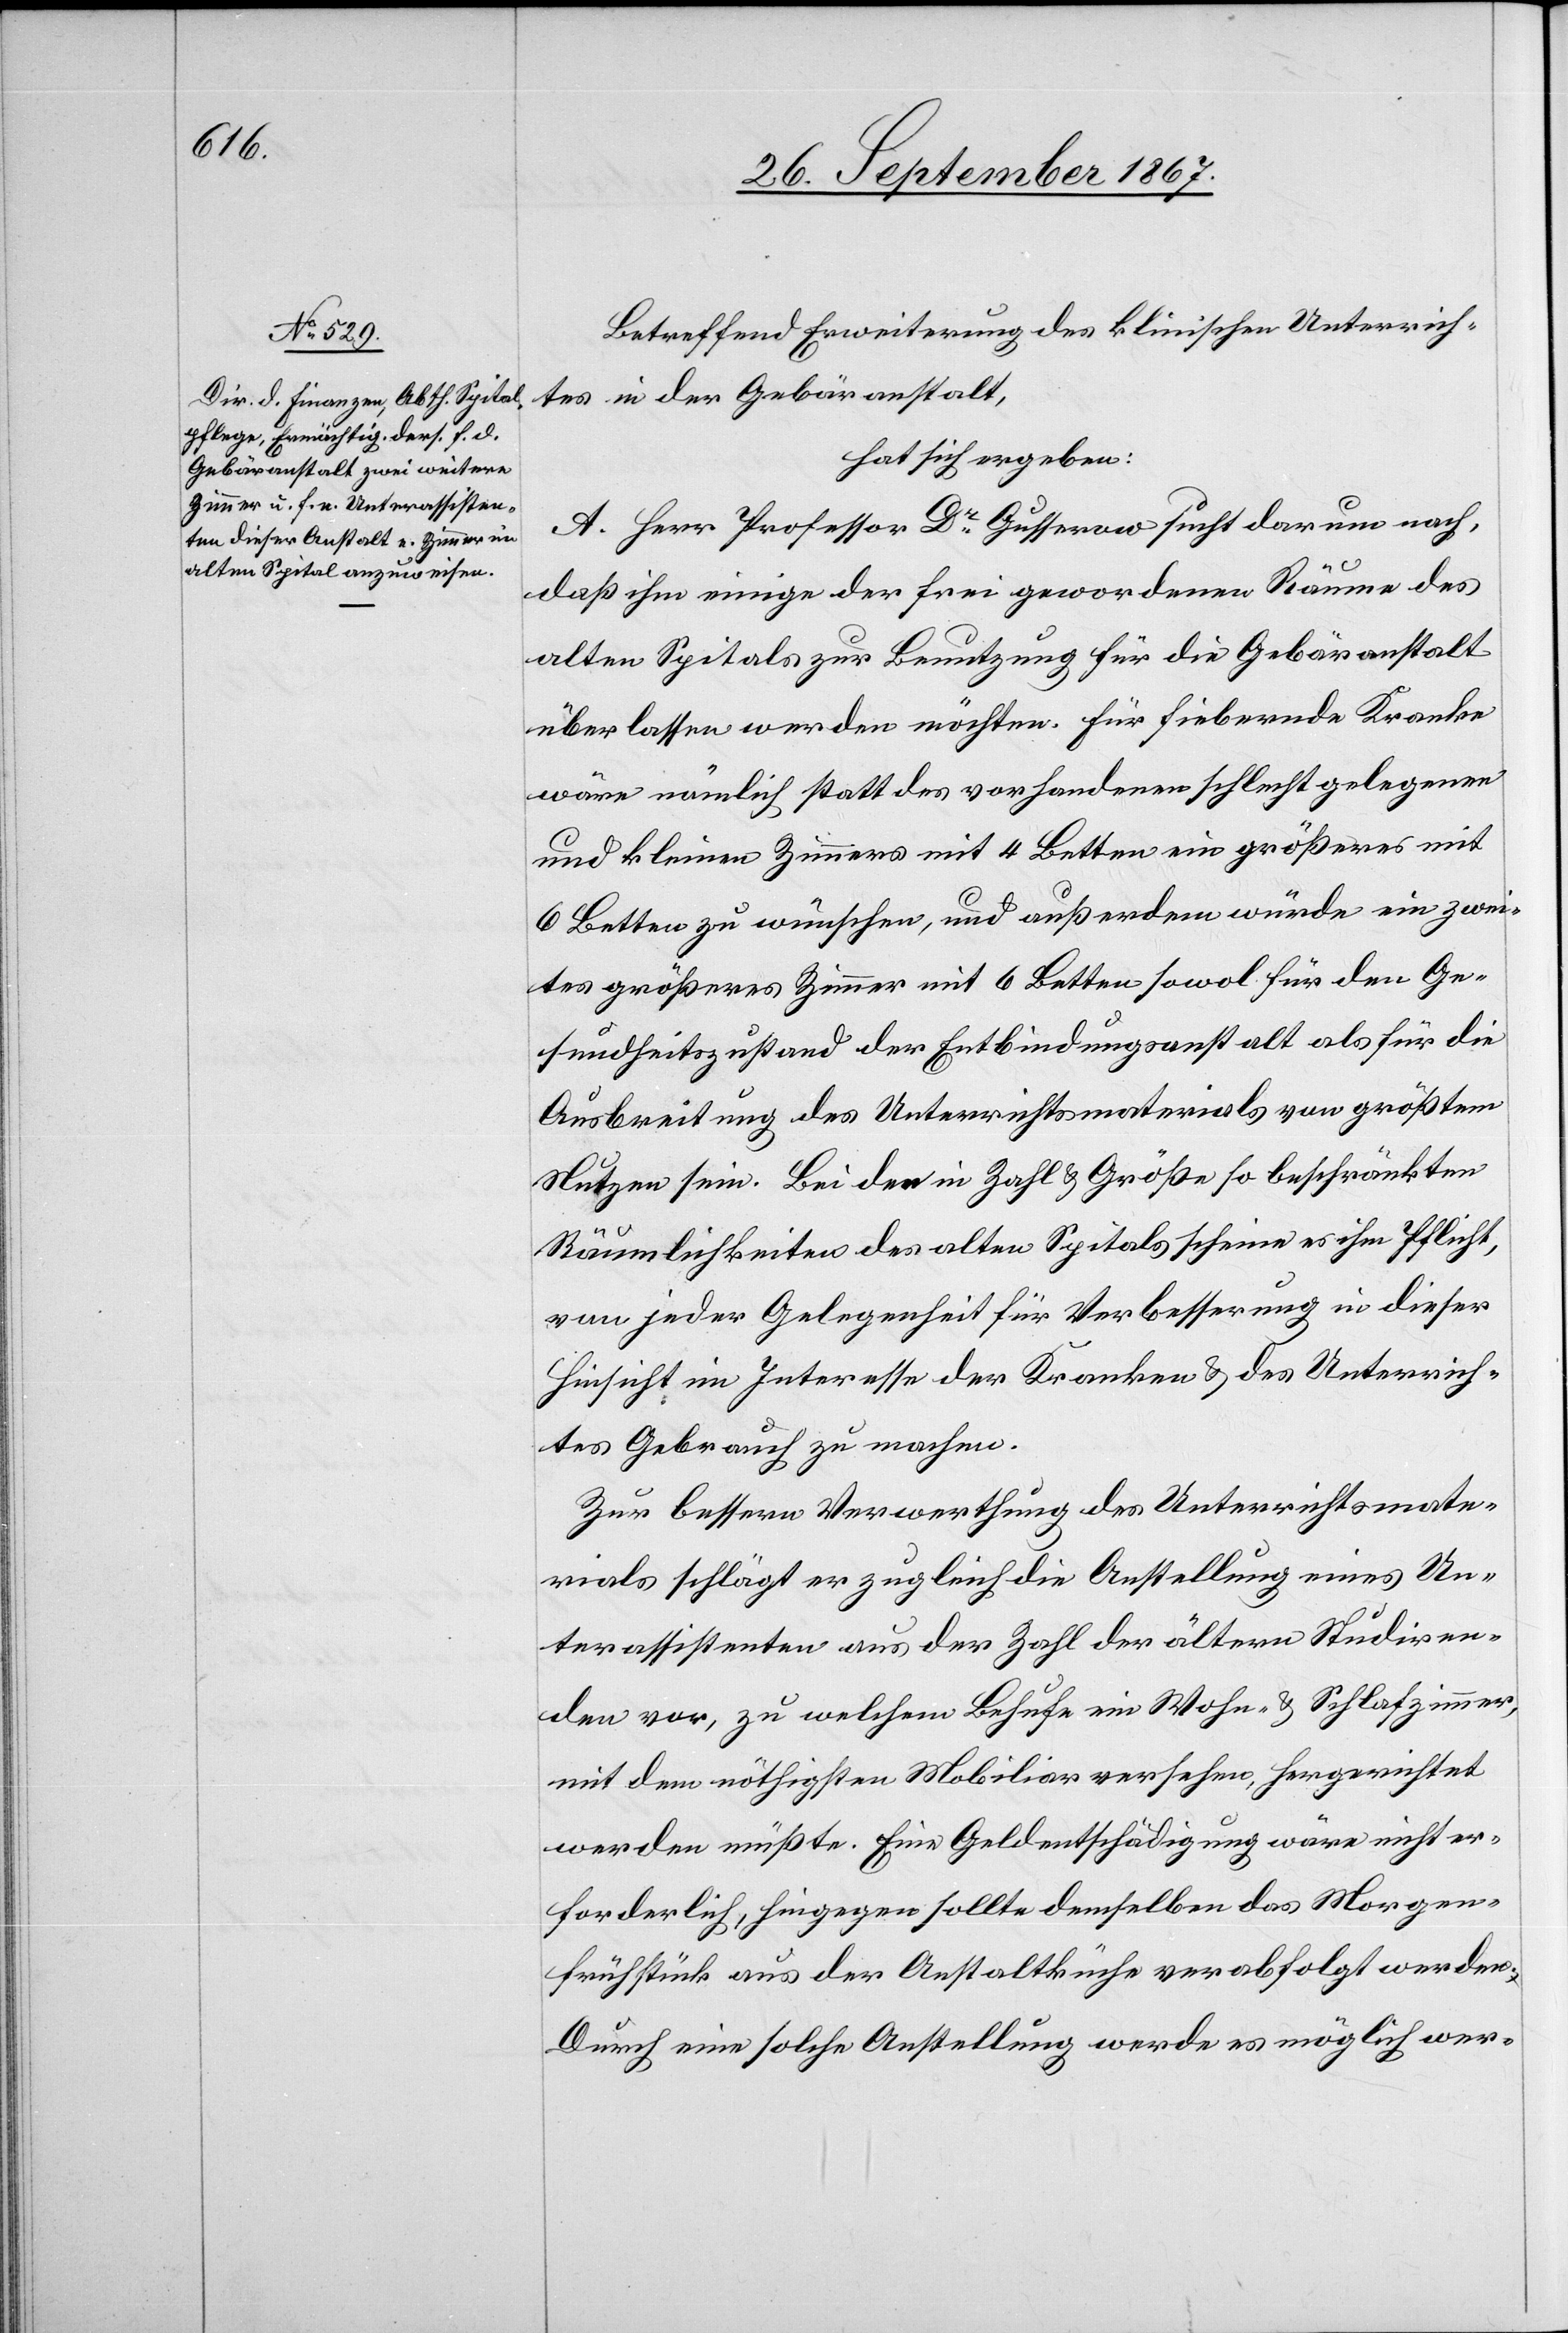
Betreffend Erweiterung des klinischen Unterrich¬
tes in der Gebäranstalt,
hat sich ergeben:
A. Herr Professor Dr. Gusserow sucht darum nach,
daß ihm einige der frei gewordenen Räume des
alten Spitals zur Benutzung für die Gebäranstalt
überlassen werden möchten. Für fiebernde Kranke
wäre nämlich statt des vorhandenen schlecht gelegenen
und kleinen Zimmers mit 4 Betten ein größeres mit
6 Betten zu wünschen, und außerdem würde ein zwei¬
tes größeres Zimmer mit 6 Betten sowol für den Ge¬
sundheitszustand der Entbindungsanstalt als für die
Ausbreitung des Unterrichtsmaterials von größtem
Nutzen sein. Bei den in Zahl u. Größe so beschränkten
Räumlichkeiten des alten Spitals scheine es ihm Pflicht,
von jeder Gelegenheit für Verbesserung in dieser
Hinsicht im Interesse der Kranken u. des Unterrich¬
tes Gebrauch zu machen.
Zur bessern Verwerthung des Unterrichtsmate¬
rials schlägt er zugleich die Anstellung eines Un¬
terassistenten aus der Zahl der ältern Studiren¬
den vor, zu welchem Behufe ein Wohn- u. Schlafzimmer
mit dem nöthigsten Mobiliar versehen, hergerichtet
werden müßte. Eine Geldentschädigung wäre nicht er¬
forderlich, hingegen sollte demselben das Morgen¬
frühstück aus der Anstaltküche verabfolgt werden.
Durch eine solche Anstellung werde es möglich wer-